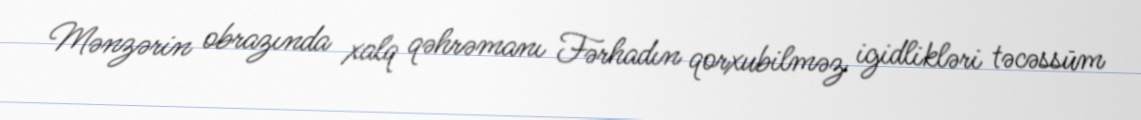
Mənzərin obrazında xalq qəhrəmanı Fərhadın qorxubilməz igidlikləri təcəssüm